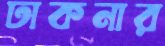
ঢাকনার